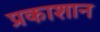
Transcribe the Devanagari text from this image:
प्रकाशान